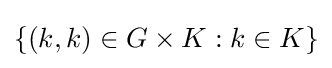
{\textstyle \{(k,k)\in G\times K:k\in K\}}